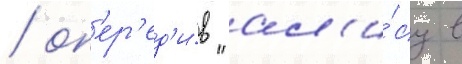
/ оп'ер'ед'и́в "ал'и́су в